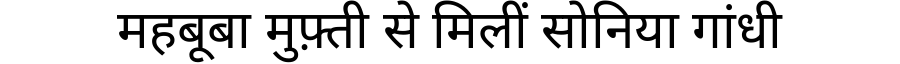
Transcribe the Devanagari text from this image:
महबूबा मुफ़्ती से मिलीं सोनिया गांधी